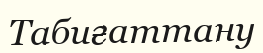
Табиғаттану